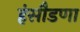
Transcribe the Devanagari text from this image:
हंसौडणा